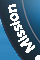
Mission